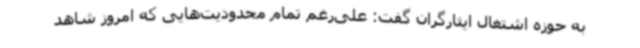
به حوزه اشتغال ایثارگران گفت: علی‌رغم تمام محدودیت‌هایی که امروز شاهد